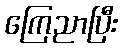
ကြေညာပြီး